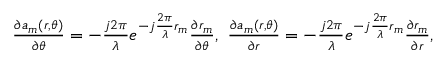
\begin{array} { r } { \frac { { \partial { a _ { m } } ( r , \theta ) } } { { \partial \theta } } = - { \frac { { j 2 \pi } } { \lambda } } { e ^ { - j \frac { { 2 \pi } } { \lambda } { r _ { m } } } } \frac { { \partial { r _ { m } } } } { { \partial \theta } } , ~ \frac { { \partial { a _ { m } } ( r , \theta ) } } { { \partial r } } = - { \frac { { j 2 \pi } } { \lambda } } { e ^ { - j \frac { { 2 \pi } } { \lambda } { r _ { m } } } } \frac { { \partial { r _ { m } } } } { { \partial r } } , } \end{array}